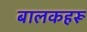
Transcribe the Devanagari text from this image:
बालकहरू